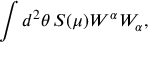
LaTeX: \int d ^ { 2 } \theta \, S ( \mu ) W ^ { \alpha } W _ { \alpha } ,